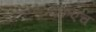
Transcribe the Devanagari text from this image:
एफ़एच